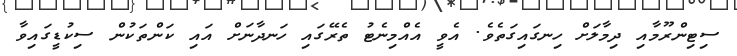
ސިޓިންރޫމާއި ދިމާލަށް ހިނގައިގަތެވެ. އެވީ އެއްމިނެޓު ތެރޭގައި ހަނދާނަށް އައި ކަންތަކުން ސިކުޑީގައިވާ